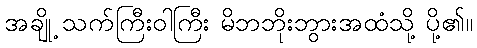
အချို့ သက်ကြီးဝါကြီး မိဘဘိုးဘွားအထံသို့ ပို့၏။